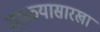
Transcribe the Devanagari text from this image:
माळ्यासारखा